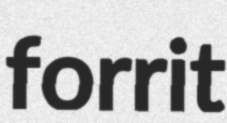
forrit